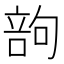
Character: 𠹪